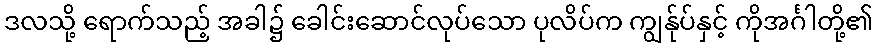
ဒလသို့ ရောက်သည့် အခါ၌ ခေါင်းဆောင်လုပ်သော ပုလိပ်က ကျွန်ုပ်နှင့် ကိုအင်္ဂါတို့၏